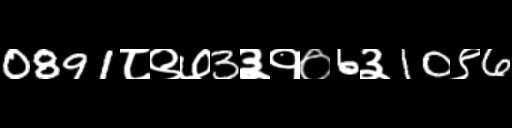
Text: 0891८९७3३१०6३10९6